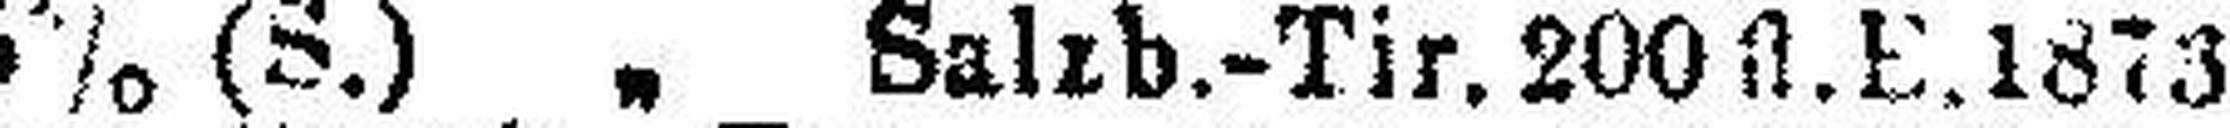
5% (S.) „ Salrb.-Tir. 200 fl. E. 1873